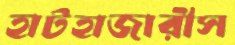
হাটহাজারীস